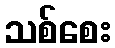
သစ်စေး